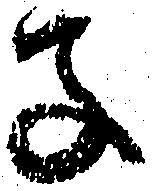
子